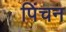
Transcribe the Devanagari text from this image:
पिंचन